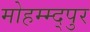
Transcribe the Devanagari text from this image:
मोहम्म्द्पुर